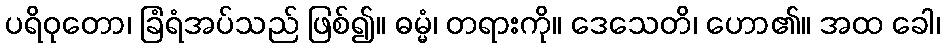
ပရိဝုတော၊ ခြံရံအပ်သည် ဖြစ်၍။ ဓမ္မံ၊ တရားကို။ ဒေသေတိ၊ ဟော၏။ အထ ခေါ၊